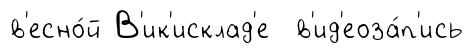
в'есно́й В'ик'исклад'е в'ид'еоза́п'ись